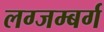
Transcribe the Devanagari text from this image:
लग्जम्बर्ग